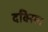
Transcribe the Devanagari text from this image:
दक्सिन